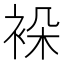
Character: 𬡖